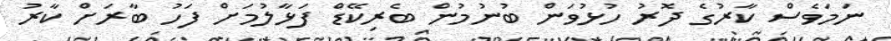
ނަމަވެސް ކާރުގެ ދޮރު ހުޅުވަން ބުނުމުން ބެރިކޭޑް ފަޅާލުމަށް ފަހު ބާރަށް ކާރު